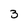
Character: 3